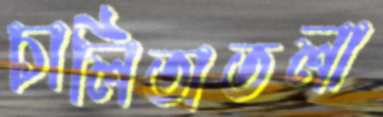
চালিতাতলা